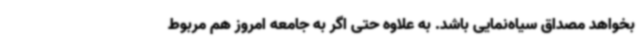
بخواهد مصداق سیاه‌نمایی باشد. به علاوه حتی اگر به جامعه امروز هم مربوط